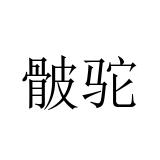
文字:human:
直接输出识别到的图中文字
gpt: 骳驼